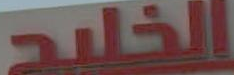
الخليج